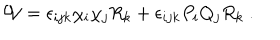
{ \cal W } = \epsilon _ { i j k } \chi _ { i } \chi _ { j } R _ { k } + \epsilon _ { i j k } P _ { i } Q _ { j } R _ { k } ~ .